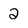
Character: 2